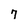
Character: 7